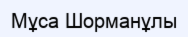
Мұса Шорманұлы